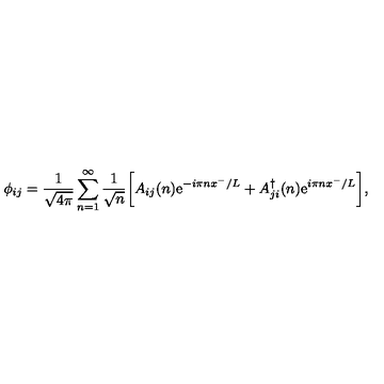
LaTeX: \phi _ { i j } = \frac { 1 } { \sqrt { 4 \pi } } \sum _ { n = 1 } ^ { \infty } \frac { 1 } { \sqrt { n } } \bigg [ A _ { i j } ( n ) \mathrm { e } ^ { - i \pi n x ^ { - } / L } + A _ { j i } ^ { \dag } ( n ) \mathrm { e } ^ { i \pi n x ^ { - } / L } \bigg ] ,